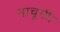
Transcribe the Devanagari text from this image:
नाचूंगी।